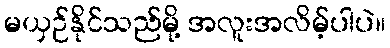
မယှဉ်နိုင်သည်မို့ အလူးအလိမ့်ပါပဲ။